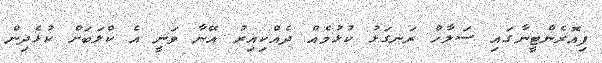
ފިއޮރެންޓީނާގައި ސަލާހް ރަނގަޅު ކުޅުމެއް ދެއްކިއިރު އޭނާ ވަނީ އެ ކްލަބަށް ކުޅެދިން